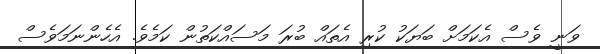
ވަނީ ވެސް އެކަމަށް ބަޔަކު ކުރި އެތައް ބުރަ މަސައްކަތުން ކަމެވެ. އެހެންނަމަވެސް